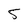
Character: 5